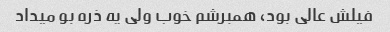
فیلش عالی بود، همبرشم خوب ولی یه ذره بو میداد